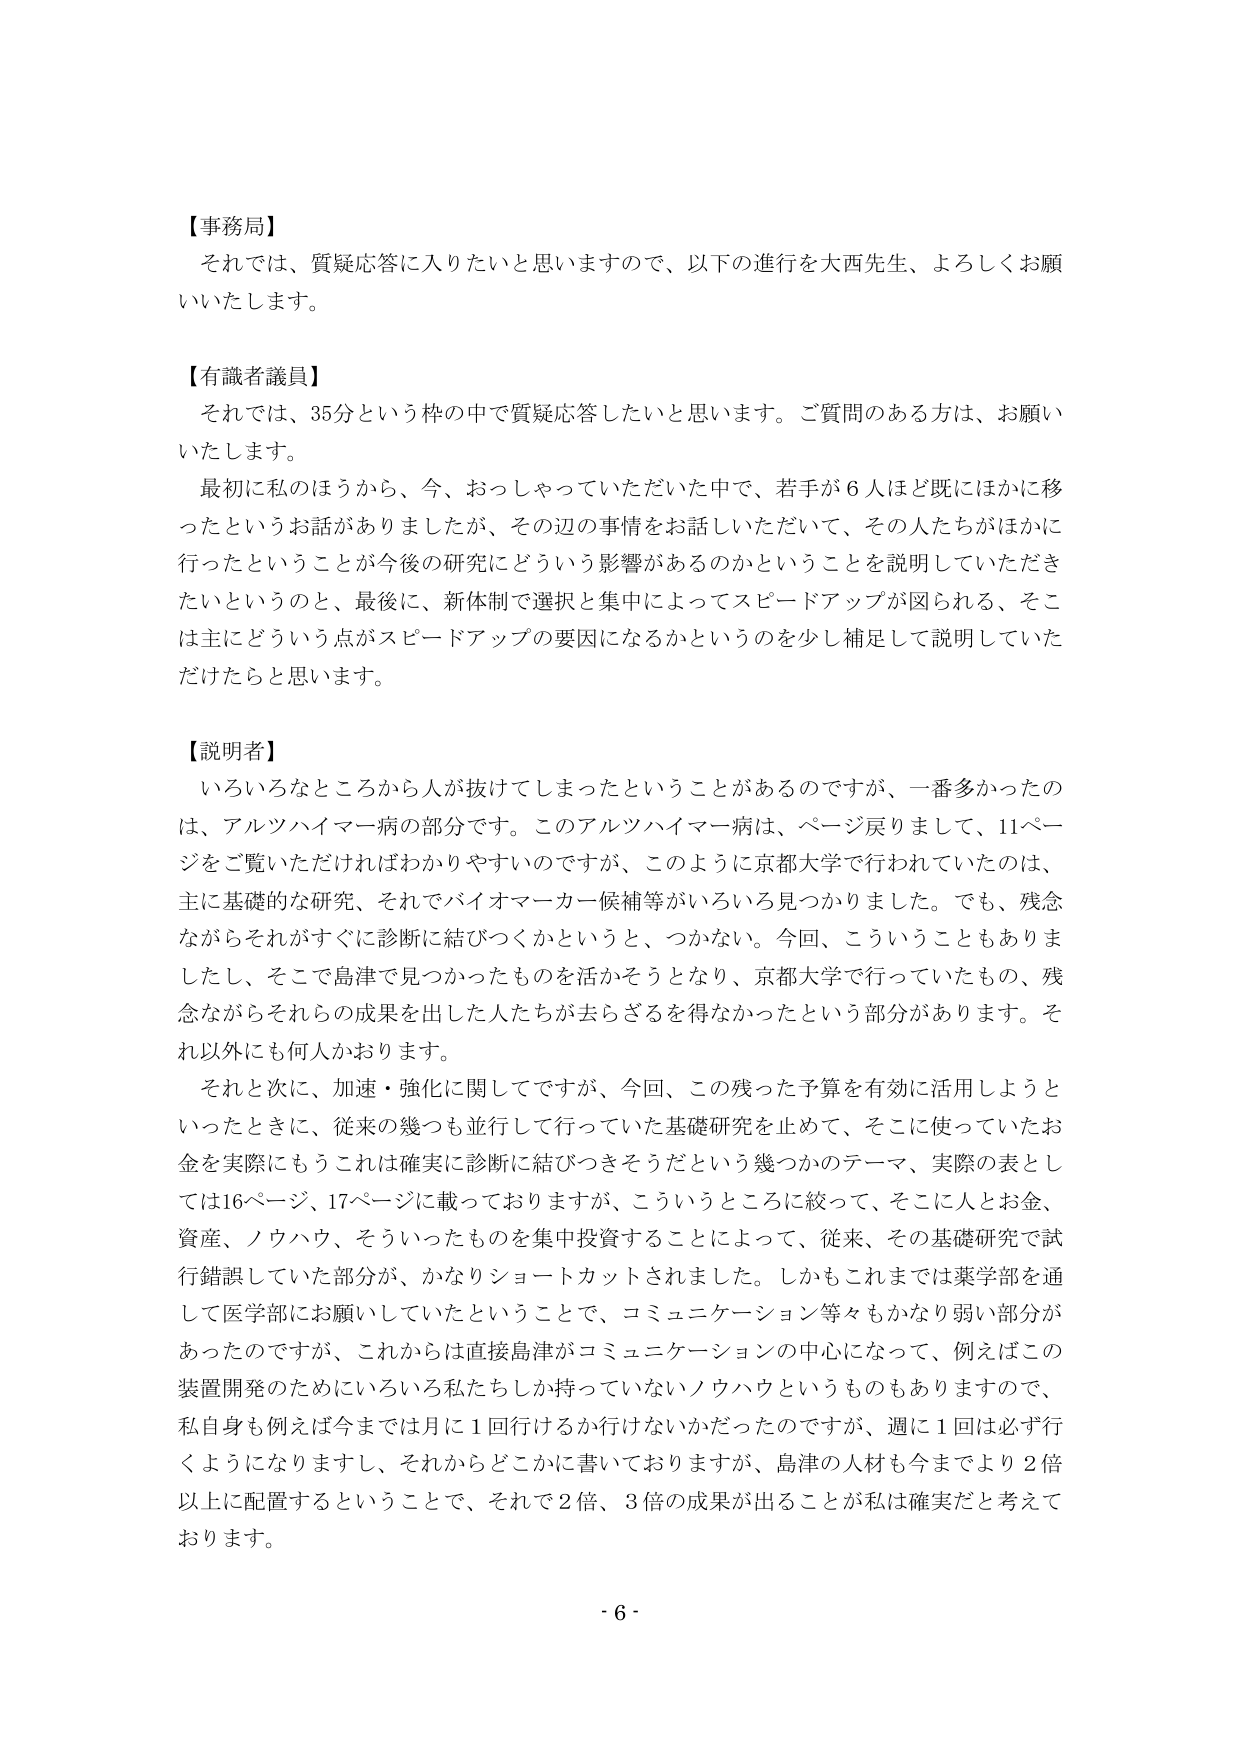
【事務局】
それでは、質疑応答に入りたいと思いますので、以下の進行を大西先生、よろしくお願いいたします。

【有識者議員】
それでは、35分という枠の中で質疑応答したいと思います。ご質問のある方は、お願いいたします。
最初に私のほうから、今、おっしゃっていただいた中で、若手が6人ほど既にはかに移ったというお話がありました。が、その辺の事情をお話しいただいて、その人たちがほかに行ったということが今後の研究にどういう影響があるのかということを説明していただきたいというのと、最後に、新体制で選択と集中によってスピードアップが図られる、そこは主にどういう点がスピードアップの要因になるかというのを少し補足して説明していただけたらと思います。

【説明者】
いろいろなところから人が抜けてしまったということがあるのですが、一番多かったのは、アルツハイマー病の部分です。このアルツハイマー病は、ページ戻りまして、11ページをご覧いただければわかりやすいのですが、このように京都大学で行われていたのは、主に基礎的な研究、それでバイオマーカー候補等がいろいろ見つかりました。でも、残念ながらそれがすぐに診断に結びつくかというと、つかない。今回、こういうこともありましたし、そこで島津で見つかったものを活かそうとなり、京都大学で行っていたもの、残念ながらそれらの成果を出した人たちが去らざるを得なかったという部分があります。それ以外にも何人かおります。
それと次に、加速・強化に関してですが、今回、この残った予算を有効に活用しようといったときに、従来の幾つも並行して行っていた基礎研究を止めて、そこに使っていたお金を実際にもうこれは確実に診断に結びつきそうだという幾つかのテーマ、実際の表としては16ページ、17ページに載っておりますが、こういうところに絞って、そこに人とお金、資産、ノウハウ、そういったものを集中投資することによって、従来、その基礎研究で試行錯誤していた部分が、かなりショートカットされました。しかもこれまでは薬学部を通して医学部にお願いしていたということで、コミュニケーション等々もかなり弱い部分があったのですが、これからは直接島津がコミュニケーションの中心になって、例えばこの装置開発のためにいろいろ私たちしか持っていないノウハウというものもありますので、私自身も例えば今までは月に1回行けるか行けないかだったのですが、週に1回は必ず行くようになりますし、それからどこかに書いておりますが、島津の人材も今までより2倍以上に配置するということで、それで2倍、3倍の成果が出ることが私は確実だと考えております。

- 6 -